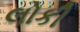
લોકી